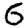
Digit: 6